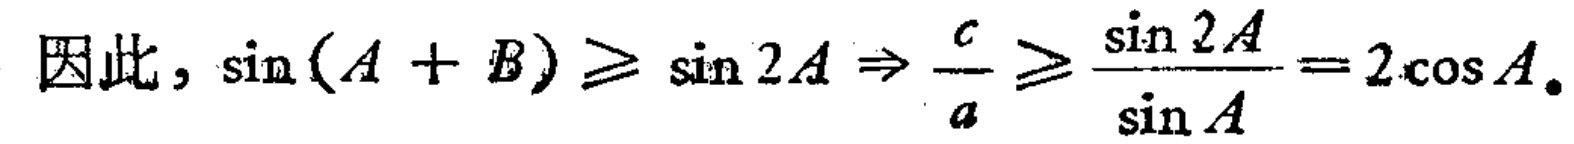
因此，\(\sin(A + B) \geq \sin 2A \Rightarrow \frac{c}{a} \geq \frac{\sin 2A}{\sin A}=2\cos A\)。